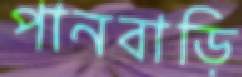
পানবাড়ি